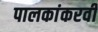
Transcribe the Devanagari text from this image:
पालकांकरवी